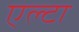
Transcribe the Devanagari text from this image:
एल्टा